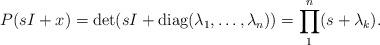
LaTeX: \begin{align*}\begin{aligned}P(sI+x)=\det(sI+\operatorname {diag} (\lambda_1 ,\dots,\lambda_n) )=\prod\limits_1^n(s+\lambda_k ).\end{aligned}\end{align*}